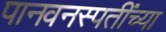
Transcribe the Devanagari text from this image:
पानवनस्पतींच्या